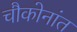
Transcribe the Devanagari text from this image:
चौकोनांत